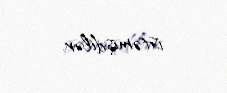
istəmişdilər.